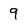
Character: 9